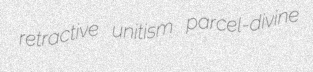
retractive unitism parcel-divine